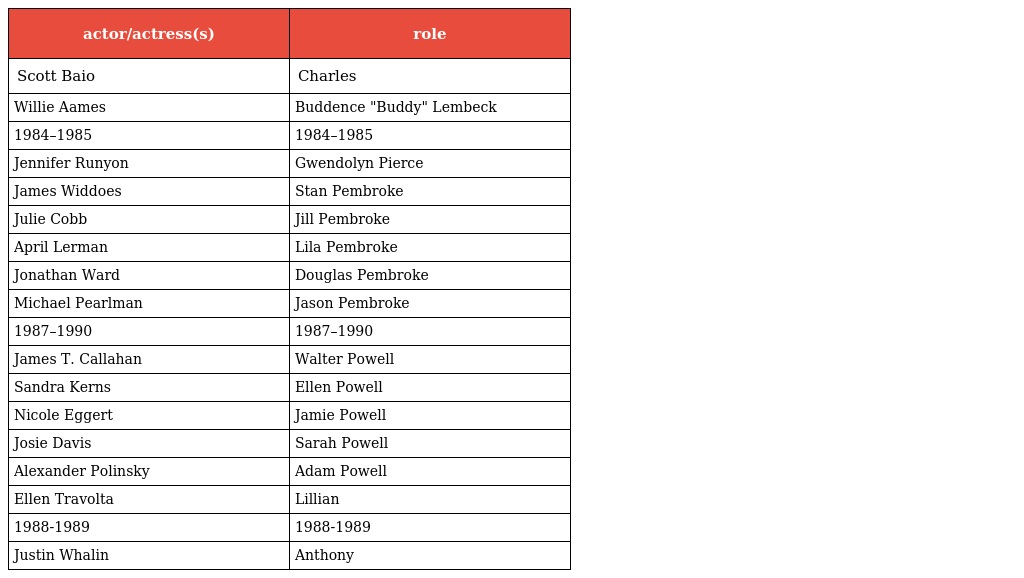
| actor/actress(s) | role |
 | --- | --- |
 | Scott Baio | Charles |
 | Willie Aames | Buddence "Buddy" Lembeck |
 | 1984–1985 | 1984–1985 |
 | Jennifer Runyon | Gwendolyn Pierce |
 | James Widdoes | Stan Pembroke |
 | Julie Cobb | Jill Pembroke |
 | April Lerman | Lila Pembroke |
 | Jonathan Ward | Douglas Pembroke |
 | Michael Pearlman | Jason Pembroke |
 | 1987–1990 | 1987–1990 |
 | James T. Callahan | Walter Powell |
 | Sandra Kerns | Ellen Powell |
 | Nicole Eggert | Jamie Powell |
 | Josie Davis | Sarah Powell |
 | Alexander Polinsky | Adam Powell |
 | Ellen Travolta | Lillian |
 | 1988-1989 | 1988-1989 |
 | Justin Whalin | Anthony |